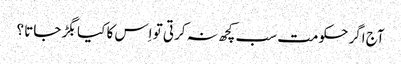
آج اگر حکومت سب کچھ نہ کرتی تو اِس کا کیا بگڑ جاتا ؟